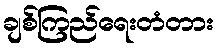
ချစ်ကြည်ရေးတံတား